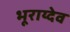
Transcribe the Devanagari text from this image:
भूराय्देव